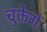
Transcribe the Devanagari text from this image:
चुकेगें